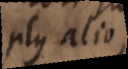
plus alio,